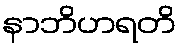
နာဘိဟရတိ